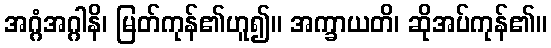
အဂ္ဂံအဂ္ဂါနိ၊ မြတ်ကုန်၏ဟူ၍။ အက္ခာယတိ၊ ဆိုအပ်ကုန်၏။